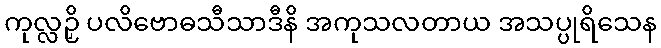
ကုလ္လဉှိ ပလိဗောဓသီသာဒီနိ အကုသလတာယ အသပ္ပုရိသေန